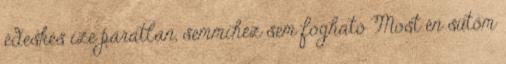
édeskés íze páratlan, semmihez sem fogható Most én sütöm